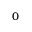
0